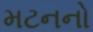
મટનનો